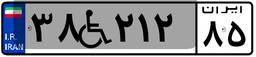
۳۸W۲۱۲۸۵